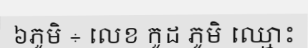
៦ភូមិ ÷ លេខ កូដ ភូមិ ឈ្មោះ